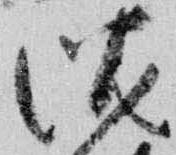
沈